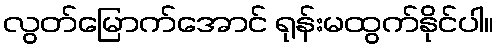
လွတ်မြောက်အောင် ရုန်းမထွက်နိုင်ပါ။